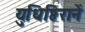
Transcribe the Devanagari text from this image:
युधिष्ठिरानें